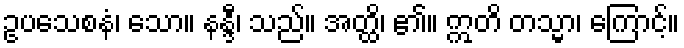
ဥပသေစနံ၊ သော။ နန္ဒီ၊ သည်။ အတ္ထိ၊ ၏။ ဣတိ တသ္မာ၊ ကြောင့်။